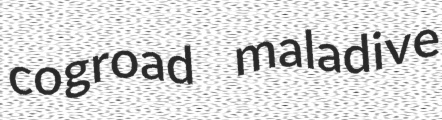
cogroad maladive